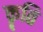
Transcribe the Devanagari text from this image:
कॄति